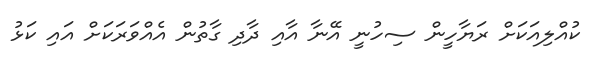
ކުއްލިއަކަށް ރަޔާހީން ސިހުނީ އޭނާ އާއި ދާދި ގާތުން އެއްވަރަކަށް އައި ކަޅު